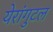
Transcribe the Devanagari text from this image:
येरांगुटल